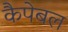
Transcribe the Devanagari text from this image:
कैपेबल